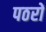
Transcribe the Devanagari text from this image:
पठरों